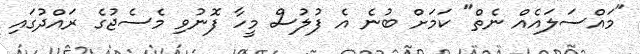
"މައްސަލައެއް ނެތް" ކަމަށް ބުނެ އެ ފުލުސް މީހާ ފޮނުވި މެސެޖުގެ ރައްދުގައި